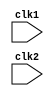
module mips_32(clk1, clk2);
  input clk1, clk2;
  reg [31:0] pc, if_id_npc, if_id_ir;
  reg [31:0] id_ex_ir, id_ex_npc, id_ex_A, id_ex_B, id_ex_imm;
  reg [2:0]  id_ex_type, ex_mem_type, mem_wb_type;
  reg        ex_mem_cond;
  reg [31:0] ex_mem_ALUout, ex_mem_ir, ex_mem_B;
  reg [31:0] mem_wb_ir, mem_wb_LMD, mem_wb_ALUout;
  
  reg [31:0] REG[0:31]; //32 x 32 register 
  reg [31:0] mem[0:1023]; // 32 x 1024 memory

  parameter add = 6'b000000, sub = 6'b00001, AND = 6'b000010, OR = 6'b000011, //ALU operations
            SLT = 6'b000100, MUL = 6'b000101, HLT = 6'b111111, LW = 6'b001000,
            SW = 6'b001001, ADD1 = 6'b001010, SUB1 = 6'b001011, SLT1 = 6'b001100,
            BNEQZ = 6'b001101, BEQZ = 6'b001110;
  parameter RR_alu = 3'b000, RM_alu = 3'b001, LOAD = 3'b010,
            STORE = 3'b011, BRANCH = 3'b100, HALT = 3'b101;
  reg taken_branch; // set if branch is taken
  reg halted; // set if halt is encountered at WB stage

  always @ (posedge clk1)                                                     // IF stage
  if (halted == 0) begin
    if (((ex_mem_ir[31:26] == BEQZ) && (ex_mem_cond == 1)) ||
        ((ex_mem_ir[31:26] == BNEQZ) && (ex_mem_cond == 0)))
        begin
          if_id_ir     <= #2 mem[ex_mem_ALUout];
          if_id_npc    <= #2 ex_mem_ALUout + 1;
          pc           <= #2 ex_mem_ALUout + 1;
          taken_branch <= #2 1'b1;

        end
    else begin
        if_id_ir  <= #2 mem[pc];
        pc        <= #2 pc + 1;
        if_id_npc <= #2 pc + 1;

    end
 end
  
  always @ (posedge clk2)                                                //ID stage
  if (halted == 0) begin

    if (if_id_ir[25:21] == 5'b00000) id_ex_A <= 0;
    else id_ex_A <= #2 REG[if_id_ir[25:21]];

    if (if_id_ir[20:16] == 5'b00000) id_ex_B <= 0;
    else id_ex_B <= #2 REG[if_id_ir[20:16]];

    id_ex_imm = #2 {{16{if_id_ir[15]}}, {if_id_ir[15:0]}};
    id_ex_ir <= #2 if_id_ir;
    id_ex_npc <= #2 if_id_npc;

    case (if_id_ir[31:26])
     add, sub, AND, OR, SLT, MUL:  id_ex_type <= #2 RR_alu;
     ADD1, SUB1, SLT1:             id_ex_type <= #2 RM_alu;
     BNEQZ, BEQZ:                  id_ex_type <= #2 BRANCH;
     LW:                           id_ex_type <= #2 LOAD;
     SW:                           id_ex_type <= #2 STORE;
     HLT:                          id_ex_type <= #2 HALT;
     default:                      id_ex_type <= #2 HALT;
    endcase
  end

   always @ (posedge clk1)                                                      // EX stage
   if (halted == 0) begin
    ex_mem_type <=  #2 id_ex_type ;
    ex_mem_ir   <=  #2 id_ex_ir;
    taken_branch <= #2 0;
    case (id_ex_type)
     RR_alu : begin case(id_ex_ir[31:26])              //opcode 
               add : ex_mem_ALUout   <= #2 id_ex_A + id_ex_B;
               sub : ex_mem_ALUout   <= #2 id_ex_A - id_ex_B;
               MUL : ex_mem_ALUout   <= #2 id_ex_A * id_ex_B;
               AND : ex_mem_ALUout   <= #2 id_ex_A & id_ex_B;
               OR  : ex_mem_ALUout   <= #2 id_ex_A | id_ex_B;
               SLT : ex_mem_ALUout   <= #2 id_ex_A < id_ex_B;
               default :ex_mem_ALUout<= 32'hxxxxxxxx;
              endcase
     end
     RM_alu : begin case (id_ex_ir[31:26])            //opcode
               ADD1 : ex_mem_ALUout  <= #2 id_ex_A + id_ex_imm;
               SUB1 : ex_mem_ALUout  <= #2 id_ex_A - id_ex_imm;
               SLT1 : ex_mem_ALUout  <= #2 id_ex_A < id_ex_imm;
               default :ex_mem_ALUout<= #2 32'hxxxxxxxx;
              endcase
     end
     LOAD, STORE : begin
                        ex_mem_B      <= #2 id_ex_B;
                        ex_mem_ALUout <= #2 id_ex_A + id_ex_imm;
                    end
     BRANCH : begin 
        ex_mem_ALUout <= #2 id_ex_npc + id_ex_imm;
        ex_mem_cond   <= #2 (id_ex_A == 0);
     end

    endcase           
   end

   always @ (posedge clk2)                                             // MEM stage
   if (halted == 0 ) begin
    mem_wb_type   <= #2 ex_mem_type;
    mem_wb_ir     <= #2 ex_mem_ir;
    case (ex_mem_type) 
     RR_alu, RM_alu : mem_wb_ALUout <= #2 ex_mem_ALUout;
     LOAD           : mem_wb_LMD    <= #2 mem[ex_mem_ALUout];
     STORE          : if (taken_branch == 0)          //when storing disable write
                      begin
                        mem[ex_mem_ALUout] <= #2 ex_mem_B;
                      end
    endcase
   end

  always @ (posedge clk1) begin                                           // WB stage
    if (taken_branch == 0) begin
        case (mem_wb_type)
         RR_alu : REG[mem_wb_ir[15:11]] <= #2 mem_wb_ALUout;
         RM_alu : REG[mem_wb_ir[20:16]] <= #2 mem_wb_ALUout;
         LOAD   : REG[mem_wb_ir[20:16]] <= #2 mem_wb_LMD;
         HALT   : halted                <= #2 1'b1;
        endcase
    end
  end



endmodule